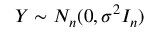
Y \sim N _ { n } ( 0 , \sigma ^ { 2 } I _ { n } )